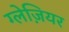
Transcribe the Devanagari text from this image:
ग्लेज़ियर